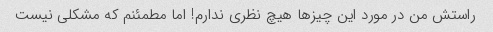
راستش من در مورد این چیزها هیچ نظری ندارم! اما مطمئنم که مشکلی نیست